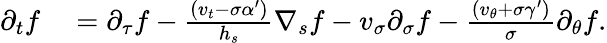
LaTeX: \begin{array}{rl}{\partial_{t}f}&{{}=\partial_{\tau}f-\frac{\left(v_{t}-\sigma\alpha^{\prime}\right)}{h_{s}}\nabla_{s}f-v_{\sigma}\partial_{\sigma}f-\frac{(v_{\theta}+\sigma\gamma^{\prime})}{\sigma}\partial_{\theta}f.}\end{array}